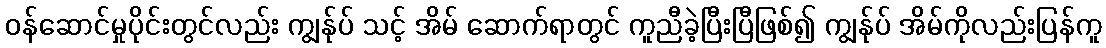
ဝန်ဆောင်မှုပိုင်းတွင်လည်း ကျွန်ုပ် သင့် အိမ် ဆောက်ရာတွင် ကူညီခဲ့ပြီးပြီဖြစ်၍ ကျွန်ုပ် အိမ်ကိုလည်းပြန်ကူ